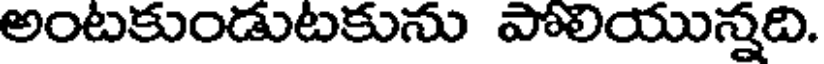
అంటకుండుటకును పోలియున్నది.